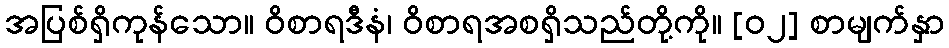
အပြစ်ရှိကုန်သော။ ဝိစာရဒီနံ၊ ဝိစာရအစရှိသည်တို့ကို။ [၀၂] စာမျက်နှာ